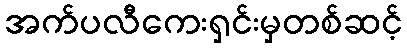
အက်ပလီကေးရှင်းမှတစ်ဆင့်